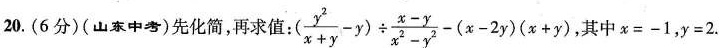
20.(6分)(山东中考)先化简，再求值：(\frac{y^{2}}{x+y}-y)\div \frac{x-y}{x^{2}-y^{2}}-(x-2y)(x+ )，其中x=-1，y=2.